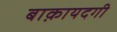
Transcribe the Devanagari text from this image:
बाक़ायदगी